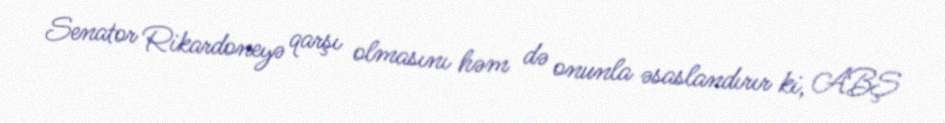
Senator Rikardoneyə qarşı olmasını həm də onunla əsaslandırır ki, ABŞ